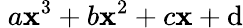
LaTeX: \; a\mathbf{x}^{3}+b\mathbf{x}^{2}+c\mathbf{x}+\mathrm{d}